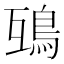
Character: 𩿍